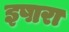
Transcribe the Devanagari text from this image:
इषारा